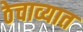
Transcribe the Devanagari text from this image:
ठेचाव्यात